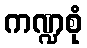
ကဏ္ဍစုံ